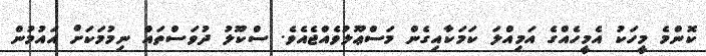
ކޮންމެ މީހަކު އެމީހެއްގެ އަމިއްލަ ކަމަކާއިގެން މަސްޢޫލުވެއްޖެއެވެ. ސްކޫލު ދުވަސްތައް ނިމުމަކަށް އައުމުން